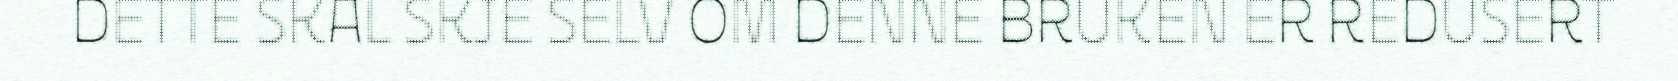
DETTE SKAL SKJE SELV OM DENNE BRUKEN ER REDUSERT